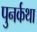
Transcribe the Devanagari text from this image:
पुनर्कथा